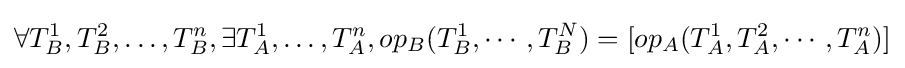
\forall T_{B}^{1},T_{B}^{2},\dots ,T_{B}^{n},\exists T_{A}^{1},\dots ,T_{A}^{n},op_{B}(T_{B}^{1},\cdots ,T_{B}^{N})=[op_{A}(T_{A}^{1},T_{A}^{2},\cdots ,T_{A}^{n})]